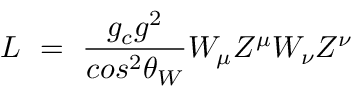
L ~ = ~ \frac { g _ { c } g ^ { 2 } } { c o s ^ { 2 } \theta _ { W } } W _ { \mu } Z ^ { \mu } W _ { \nu } Z ^ { \nu }